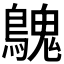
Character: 𪄔